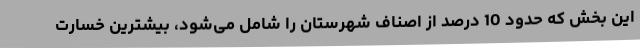
این بخش که حدود 10 درصد از اصناف شهرستان را شامل می‌شود، بیشترین خسارت